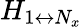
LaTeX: H_{1\leftrightarrow N_{x}}